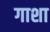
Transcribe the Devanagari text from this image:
गाशा